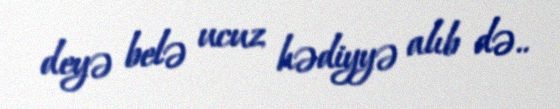
deyə belə ucuz hədiyyə alıb də..